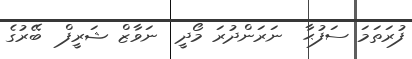
ފުރަތަމަ ސަފުޙާ  ނަރަންދުރަ މޯދީ  ނަވާޒް ޝަރީފް  ބޭރުގެ